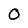
Character: 0